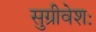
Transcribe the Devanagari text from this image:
सुग्रीवेशः